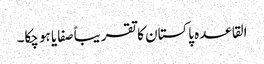
القاعدہ پاکستان کا تقریباً صفایا ہو چکا۔